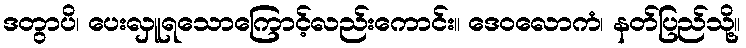
ဒတွာပိ၊ ပေးလှူရသောကြောင့်လည်းကောင်း။ ဒေဝလောကံ၊ နတ်ပြည်သို့။